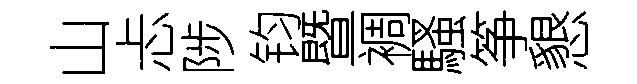
山忐陟钧暨裯騷筝懇